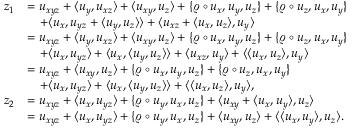
\begin{array} { r l } { z _ { 1 } } & { = u _ { x y z } + \langle u _ { y } , u _ { x z } \rangle + \langle u _ { x y } , u _ { z } \rangle + \{ \varrho \circ u _ { x } , u _ { y } , u _ { z } \} + \{ \varrho \circ u _ { z } , u _ { x } , u _ { y } \} } \\ & { \quad + \langle u _ { x } , u _ { y z } + \langle u _ { y } , u _ { z } \rangle \rangle + \langle u _ { x z } + \langle u _ { x } , u _ { z } \rangle , u _ { y } \rangle } \\ & { = u _ { x y z } + \langle u _ { y } , u _ { x z } \rangle + \langle u _ { x y } , u _ { z } \rangle + \{ \varrho \circ u _ { x } , u _ { y } , u _ { z } \} + \{ \varrho \circ u _ { z } , u _ { x } , u _ { y } \} } \\ & { \quad + \langle u _ { x } , u _ { y z } \rangle + \langle u _ { x } , \langle u _ { y } , u _ { z } \rangle \rangle + \langle u _ { x z } , u _ { y } \rangle + \langle \langle u _ { x } , u _ { z } \rangle , u _ { y } \rangle } \\ & { = u _ { x y z } + \langle u _ { x y } , u _ { z } \rangle + \{ \varrho \circ u _ { x } , u _ { y } , u _ { z } \} + \{ \varrho \circ u _ { z } , u _ { x } , u _ { y } \} } \\ & { \quad + \langle u _ { x } , u _ { y z } \rangle + \langle u _ { x } , \langle u _ { y } , u _ { z } \rangle \rangle + \langle \langle u _ { x } , u _ { z } \rangle , u _ { y } \rangle , } \\ { z _ { 2 } } & { = u _ { x y z } + \langle u _ { x } , u _ { y z } \rangle + \{ \varrho \circ u _ { y } , u _ { x } , u _ { z } \} + \langle u _ { x y } + \langle u _ { x } , u _ { y } \rangle , u _ { z } \rangle } \\ & { = u _ { x y z } + \langle u _ { x } , u _ { y z } \rangle + \{ \varrho \circ u _ { y } , u _ { x } , u _ { z } \} + \langle u _ { x y } , u _ { z } \rangle + \langle \langle u _ { x } , u _ { y } \rangle , u _ { z } \rangle . } \end{array}